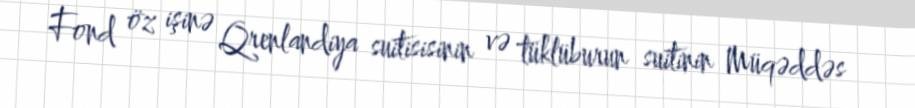
Fond öz işinə Qrenlandiya suitisisinin və tüklüburun suitinin Müqəddəs